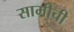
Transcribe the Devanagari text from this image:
सामीची